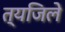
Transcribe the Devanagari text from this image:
त्यजिले